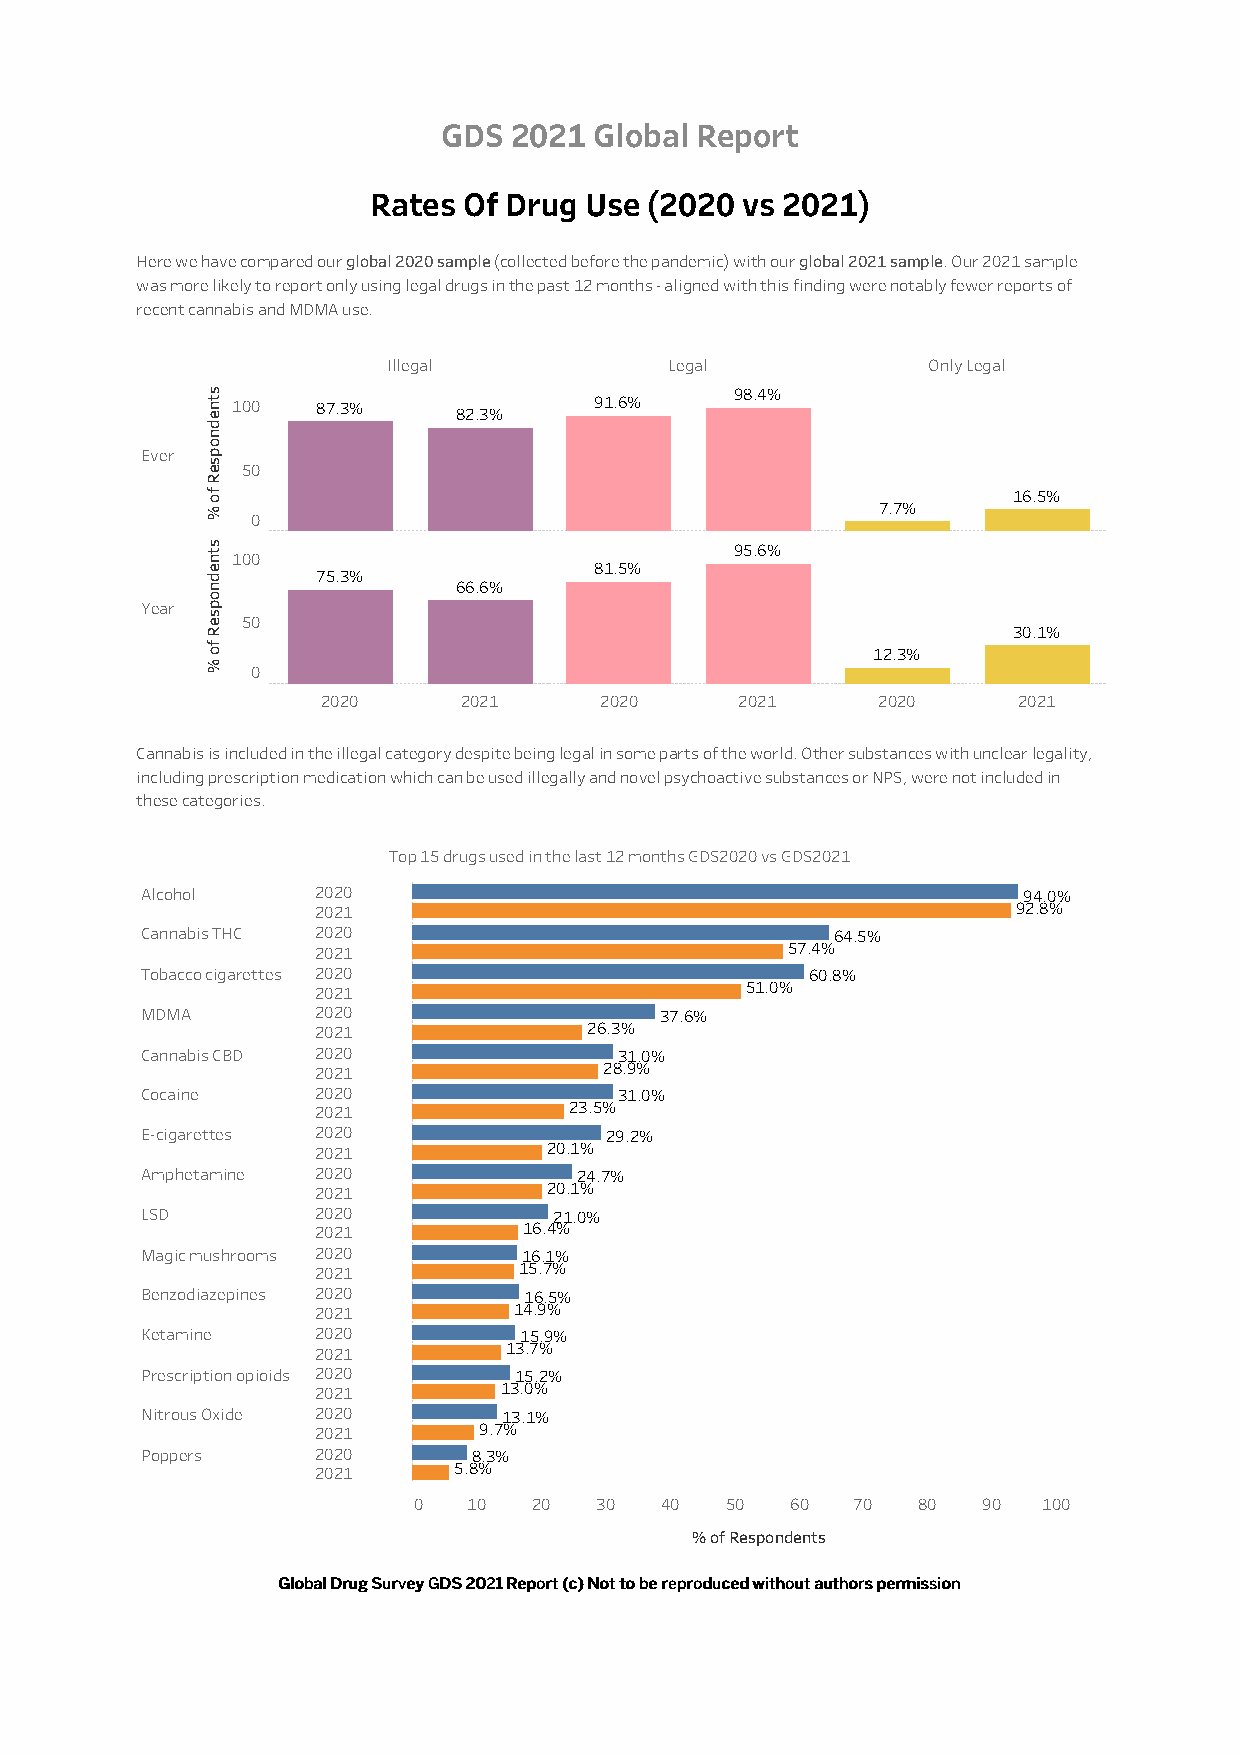
GDS  2021 Global Report
 Rates  Of Drug Use (2020 vs 2021)
 Here we have compared our global 2020 sample (collected before the pandemic) with our global 2021 sample. Our 2021 sample
 was more likely to report only using legal drugs in the past 12 months - aligned with this finding were notably fewer reports of
 recent cannabis and MDMA use.
 Illegal           Legal            Only Legal
 98.4%
 100   87.3%             91.6%
 82.3%
 Ever
 50
 16.5%
 7.7%
 0
 95.6%
 100
 81.5%
 75.3%
 66.6%
 Year
 50
 30.1%
 12.3%
 0
 2020     2021      2020     2021     2020     2021
 Cannabis is included in the illegal category despite being legal in some parts of the world. Other substances with unclear legality,
 including prescription medication which can be used illegally and novel psychoactive substances or NPS, were not included in
 these categories.
 Top 15 drugs used in the last 12 months GDS2020 vs GDS2021
 Alcohol     2020                                           94.0%
 2021                                          92.8%
 Cannabis THC 2020                             64.5%
 2021                           57.4%
 Tobacco cigarettes 2020                      60.8%
 2021                        51.0%
 MDMA        2020                   37.6%
 2021              26.3%
 Cannabis CBD 2020               31.0%
 2021               28.9%
 Cocaine     2020                31.0%
 2021             23.5%
 E-cigarettes 2020              29.2%
 2021           20.1%
 Amphetamine 2020             24.7%
 2021           20.1%
 LSD         2020            21.0%
 2021          16.4%
 Magic mushrooms 2020      16.1%
 2021         15.7%
 Benzodiazepines 2020      16.5%
 2021         14.9%
 Ketamine    2020         15.9%
 2021        13.7%
 Prescription opioids 2020 15.2%
 2021        13.0%
 Nitrous Oxide 2020      13.1%
 2021       9.7%
 Poppers     2020      8.3%
 2021     5.8%
 0   10  20  30   40  50  60  70   80  90  100
 % of Respondents
 GGlloobbaall DDrruugg SSuurrvveeyy GGDDSS 22002211 RReeppoorrtt ((cc)) NNoott ttoo bbee rreepprroodduucceedd wwiitthhoouutt aauutthhoorrss ppeerrmmiissssiioonn
 stnednopseR
 fo
 %
 stnednopseR
 fo
 %